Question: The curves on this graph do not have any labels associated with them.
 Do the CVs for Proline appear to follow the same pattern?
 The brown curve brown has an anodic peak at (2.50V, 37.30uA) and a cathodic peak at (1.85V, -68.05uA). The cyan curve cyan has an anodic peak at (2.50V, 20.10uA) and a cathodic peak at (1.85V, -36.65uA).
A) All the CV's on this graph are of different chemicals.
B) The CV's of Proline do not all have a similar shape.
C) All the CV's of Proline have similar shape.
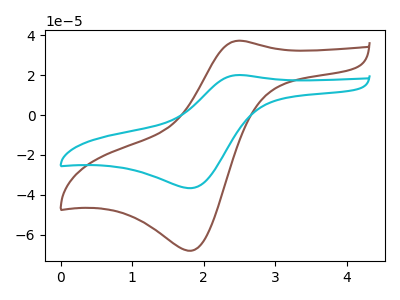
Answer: <think>All the peaks in "brown" have a peak in "cyan" at the same potential. Every peak in "brown" is higher than every peak in "cyan".
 </think>
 <answer>C) All the CV's of "Proline" have similar shape.</answer>
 <eval>C</eval>